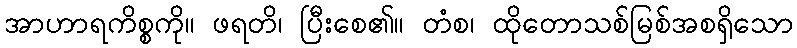
အာဟာရကိစ္စကို။ ဖရတိ၊ ပြီးစေ၏။ တံစ၊ ထိုတောသစ်မြစ်အစရှိသော